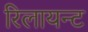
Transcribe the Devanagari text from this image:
रिलायन्ट